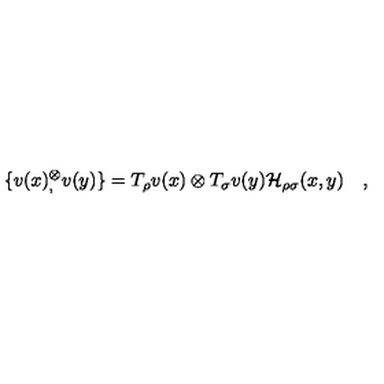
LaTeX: \{ v ( x ) { } _ { , } ^ { \otimes } v ( y ) \} = T _ { \rho } v ( x ) \otimes T _ { \sigma } v ( y ) { \cal H } _ { \rho \sigma } ( x , y ) \quad ,